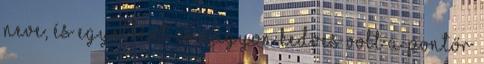
neve, és egyébként is nagyon kedves volt a pontőr